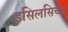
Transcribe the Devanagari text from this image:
इसिलसिच्या